Report on plague and inoculation in the Punjab from October 1st ... to September 30th..., being the ... season of plague in the province
Disease focus: Plague
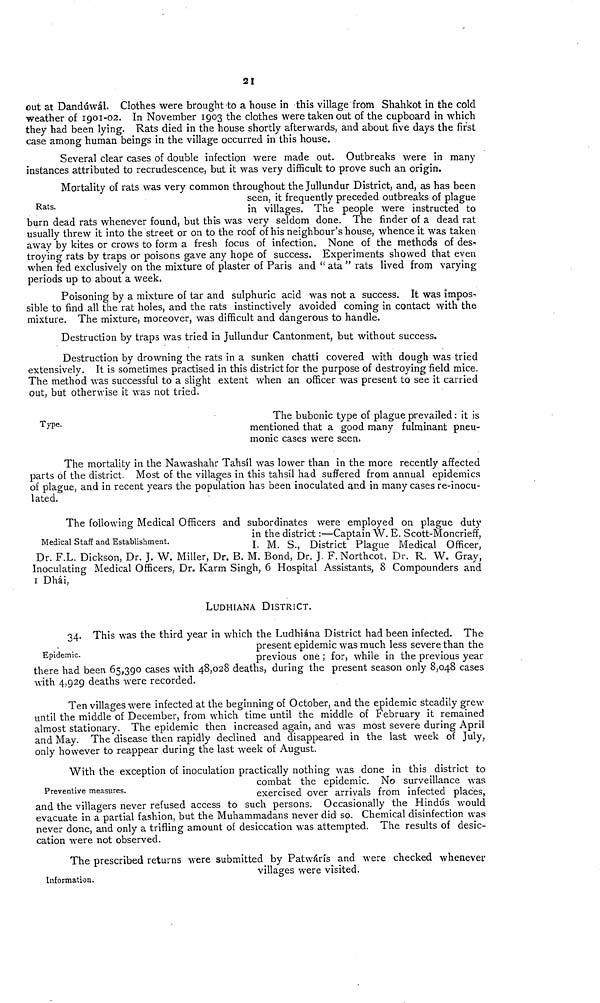
21
out at Dandúwál. Clothes were brought to a house in this village from Shahkot in the cold
weather of 1901-02. In November 1903 the clothes were taken out of the cupboard in which
they had been lying. Rats died in the house shortly afterwards, and about five days the first
case among human beings in the village occurred in this house.
Several clear cases of double infection were made out. Outbreaks were in many
instances attributed to recrudescence, but it was very difficult to prove such an origin.
Rats.
Mortalitv of rats was verv common throughout the Tullundur District, and. as has been
seen, it frequently preceded outbreaks of plague
in villages. The people were instructed to
burn dead rats whenever found, but this was very seldom done. The finder of a dead rat
usually threw it into the street or on to the roof of his neighbour's house, whence it was taken
away by kites or crows to form a fresh focus of infection. None of the methods of des-
troying rats by traps or poisons gave any hope of success. Experiments showed that even
when fed exclusively on the mixture of plaster of Paris and " ata " rats lived from varying
periods up to about a week.
Poisoning by a mixture of tar and sulphuric acid was not a success. It was impos-
sible to find all the rat holes, and the rats instinctively avoided coming in contact with the
mixture. The mixture, moreover, was difficult and dangerous to handle.
Destruction by traps was tried in Jullundur Cantonment, but without success.
Destruction by drowning the rats in a sunken chatti covered w r ith dough was tried
extensively. It is sometimes practised in this district for the purpose of destroying field mice.
The method was successful to a slight extent when an officer was present to see it carried
out, but otherwise it was not tried.
Type.
The bubonic type of plague prevailed : it is
mentioned that a good many fulminant pneu-
monic cases were seen.
The mortality in the Nawashahr Tahsil was lower than in the more recently affected
parts of the district Most of the villages in this tahsil had suffered from annual epidemics
of plague, and in recent years the population has been inoculated and in many cases re-inocu-
lated.
Medical Staff and Establishment.
The following Medical Officers and subordinates were emploved on ülague dutv
in the district :—Captain W. E. Scott-Moncrieff,
I. M. S., District Plague Medical Officer.
Dr. F.L. Dickson, Dr. J. W. Miller, Dr. B. M. Bond, Dr. J. F. Northcot, Dr. R. W. Gray,
Inoculating Medical Officers, Dr. Karm Singh, 6 Hospital Assistants, 8 Compounders and
1 Dhái,
LUDHIANA DISTRICT.
Epidemic.
'U. This was the third year in which the Ludhiána District had been infected. The
present epidemic was much less severe than the
previous one ; for, while in the previous year
there had been 65,390 cases with 48,028 deaths, during the present season only 8,048 cases
with 4,929 deaths were recorded.
Ten villages were infected at the beginning of October, and the epidemic steadily grew
until the middle of December, from which time until the middle of February it remained
almost stationary. The epidemic then increased again, and was most severe during April
and May. The disease then rapidly declined and disappeared in the last week of July,
only however to reappear during the last week of August.
Preventive measures.
With the exception of inoculation practically nothing was done in this district to
combat the epidemic. No surveillance was
exercised over arrivals from infected places,
and the villagers never refused access to such persons. Occasionally the Hindus would
evacuate in a partial fashion, but the Muhammadans never did so. Chemical disinfection was
never done, and only a trifling amount of desiccation was attempted. The results of desic-
cation were not observed.
Information.
The prescribed returns were submitted by Patwárís and were checked whenever
villages were visited.